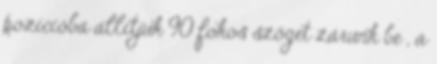
pozícióba állítjuk 90 fokos szöget zárunk be , a